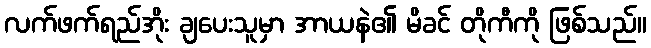
လက်ဖက်ရည်အိုး ချပေးသူမှာ အာယနဲ၏ မိခင် တိုကီကို ဖြစ်သည်။